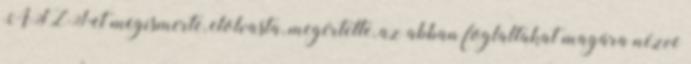
ÁSZF-et megismerte, elolvasta, megértette, az abban foglaltakat magára nézve